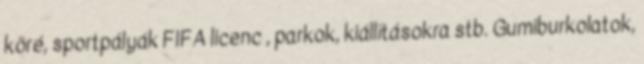
köré, sportpályák FIFA licenc , parkok, kiállításokra stb. Gumiburkolatok,